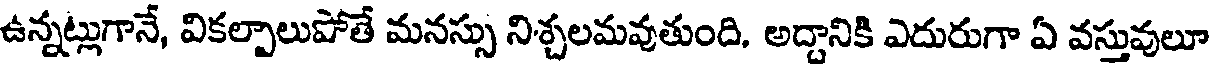
ఉన్నట్లుగానే, వికల్పాలుపోతే మనస్సు నిశ్చలమవుతుంది, అద్దానికి ఎదురుగా ఏ వస్తువులూ